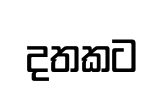
දතකට